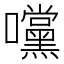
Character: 𭍀